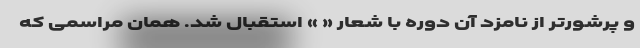
و پرشورتر از نامزد آن دوره با شعار « » استقبال شد. همان مراسمی که